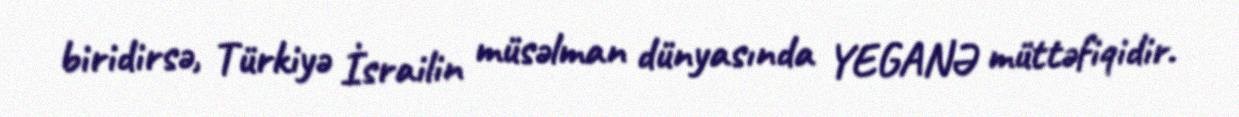
biridirsə, Türkiyə İsrailin müsəlman dünyasında YEGANƏ müttəfiqidir.